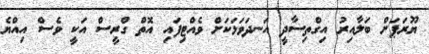
ޔޫރަޕަށް ބަލާއިރު އިގްތިސާދީ އަނދަވަޅަކަށް ވެއްޓިފައި އޮތް ގްރީސް އަކީ ވެސް އިއްޔެ